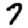
Digit: 7